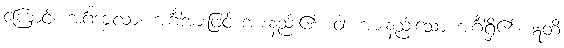
ကြောင့်။ အင်္ဂဒဗ္ဗလာ၊ အင်္ဂါအားဖြင့် အားနည်း၏။ ဝါ၊ အားနည်းသော အင်္ဂါရှိ၏။ ဣတိ